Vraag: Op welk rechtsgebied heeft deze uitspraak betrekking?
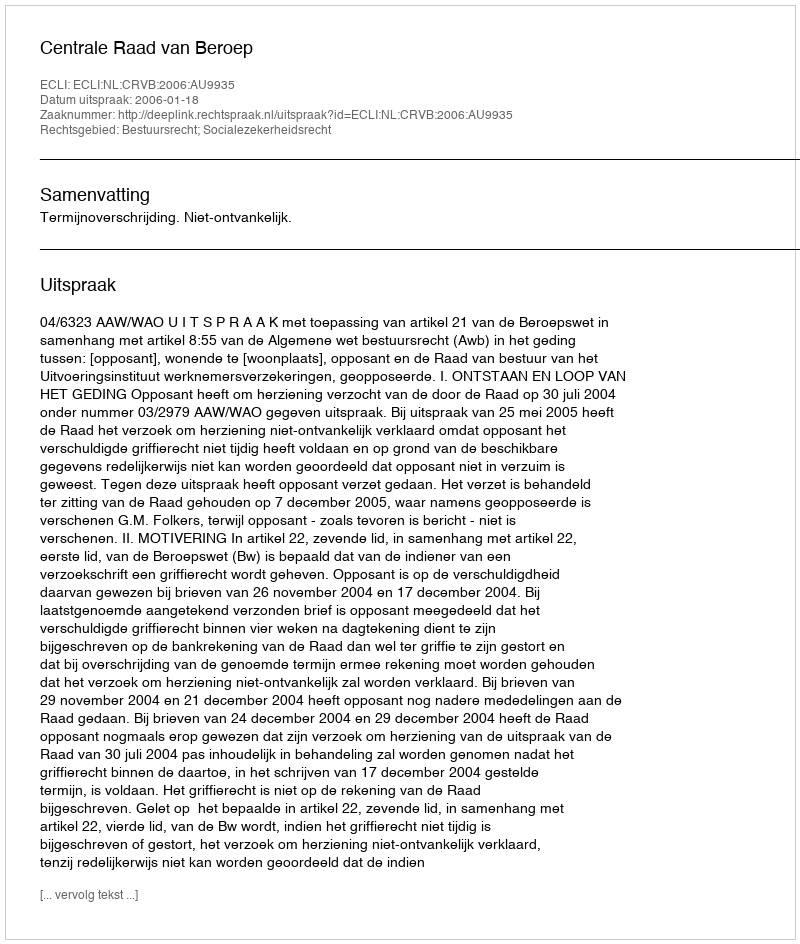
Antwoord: Bestuursrecht; Socialezekerheidsrecht